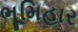
ભૂમિહાર